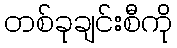
တစ်ခုချင်းစီကို